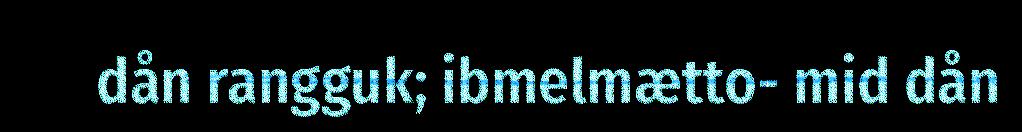
dån rangguk; ibmelmætto- mid dån